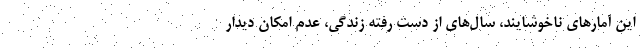
این آمارهای ناخوشایند، سال‌های از دست رفته زندگی، عدم امکان دیدار